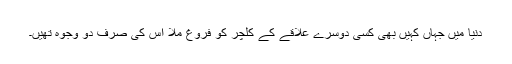
دنیا میں جہاں کہیں بھی کسی دوسرے علاقے کے کلچر کو فروغ ملا اس کی صرف دو وجوہ تھیں۔